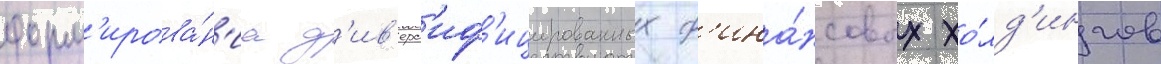
форм'ирова́н'иа д'ив'ерс'иф'ицированных ф'ина́нсовых хо́лд'ингов